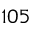
1 0 5